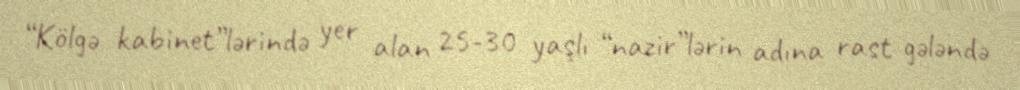
“Kölgə kabinet”lərində yer alan 25-30 yaşlı “nazir”lərin adına rast gələndə